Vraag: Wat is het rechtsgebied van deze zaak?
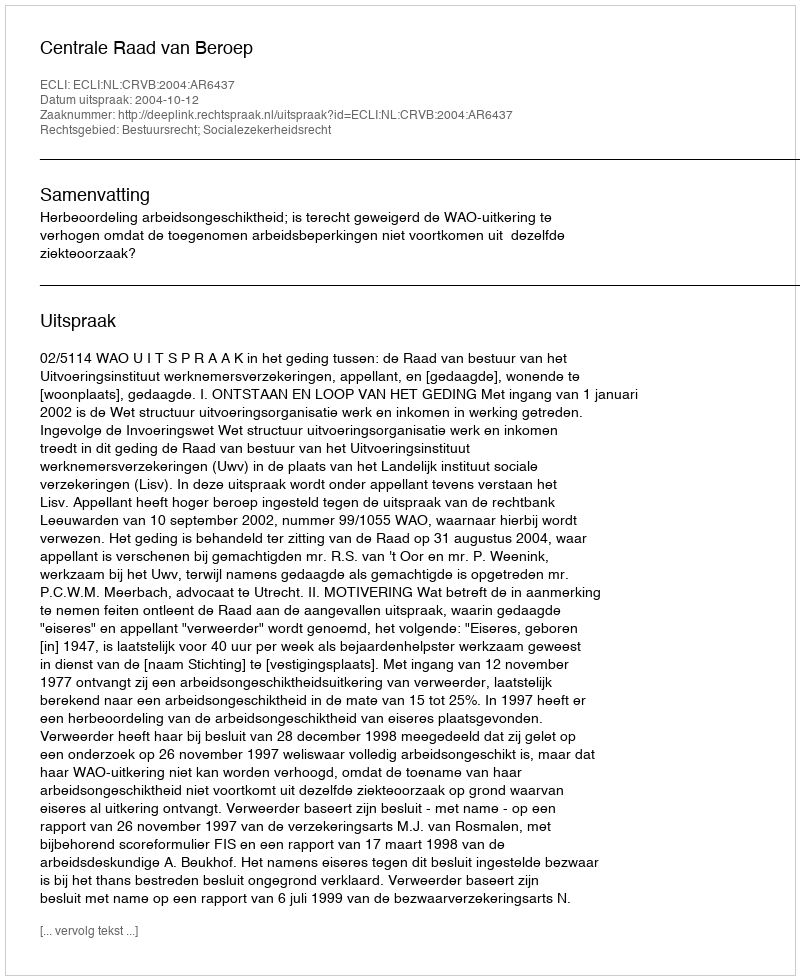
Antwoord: Bestuursrecht; Socialezekerheidsrecht